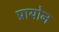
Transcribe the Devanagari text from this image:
प्रायोन